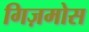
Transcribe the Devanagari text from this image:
गिज़मोस